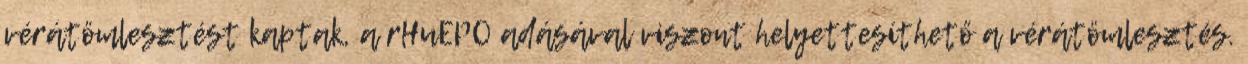
vérátömlesztést kaptak, a rHuEPO adásával viszont helyettesíthető a vérátömlesztés.